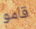
قامو